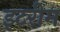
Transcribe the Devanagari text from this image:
इटरीम